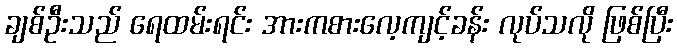
ချစ်ဦးသည် ရေထမ်းရင်း အားကစားလေ့ကျင့်ခန်း လုပ်သလို ဖြစ်ပြီး